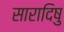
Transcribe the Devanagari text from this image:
सारादिषु